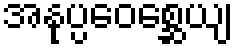
အနုပ္ပဝေစ္ဆေယျ